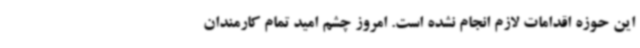
این حوزه اقدامات لازم انجام نشده است. امروز چشم امید تمام کارمندان